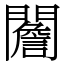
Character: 䦲